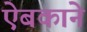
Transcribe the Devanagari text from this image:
ऐबकाने